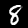
Digit: 8